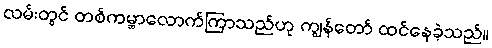
လမ်းတွင် တစ်ကမ္ဘာလောက်ကြာသည်ဟု ကျွန်တော် ထင်နေခဲ့သည်။